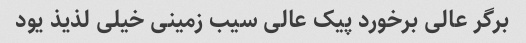
برگر عالی برخورد پیک عالی سیب زمینی خیلی لذیذ یود